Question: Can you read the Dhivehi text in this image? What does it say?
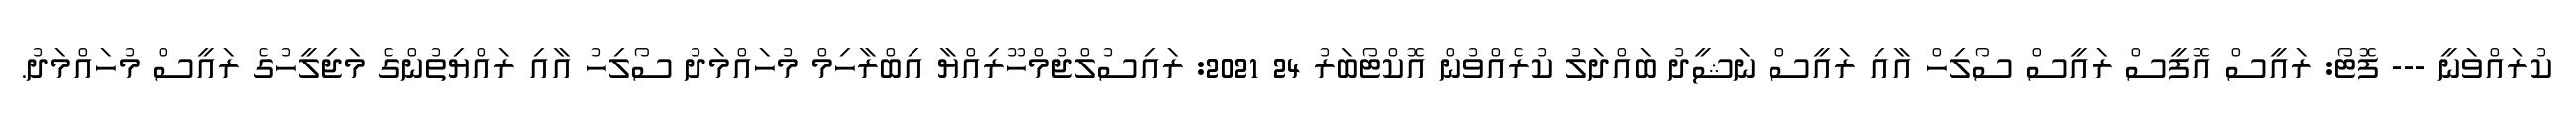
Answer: ކުރައްވަނީ --- ފޮޓޯ: ރައީސް އޮފީސް ރައީސް ސޯލިހް އާއި ރައީސް ނަޝީދު ބައްދަލު ކުރެއްވުން އޮކްޓޯބަރު 24 2021: ރައިސުލްޖުމްހޫރިއްޔާ އިބްރާހިމް މުހައްމަދު ސޯލިހު އާއި ރައްޔިތުންގެ މަޖިލީހުގެ ރައީސް މުހައްމަދު.